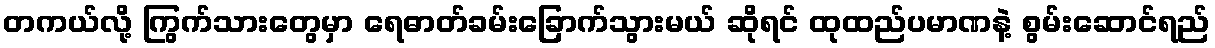
တကယ်လို့ ကြွက်သားတွေမှာ ရေဓာတ်ခမ်းခြောက်သွားမယ် ဆိုရင် ထုထည်ပမာဏနဲ့ စွမ်းဆောင်ရည်